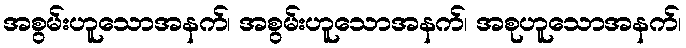
အစွမ်းဟူသောအနက်၊ အစွမ်းဟူသောအနက်၊ အစုဟူသောအနက်၊